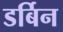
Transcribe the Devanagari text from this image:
डर्बिन